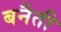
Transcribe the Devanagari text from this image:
बनैती